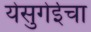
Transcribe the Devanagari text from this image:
येसुगेईचा